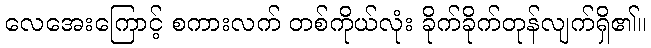
လေအေးကြောင့် စကားလက် တစ်ကိုယ်လုံး ခိုက်ခိုက်တုန်လျက်ရှိ၏။